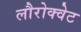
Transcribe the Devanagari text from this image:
लौरोक्वेट